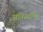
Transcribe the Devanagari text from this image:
अनिस्यंदित